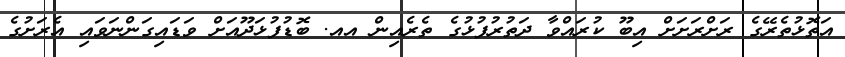
އަތޮޅުތެރޭގެ ރަށްރަށަށް އިބޫ ކުރައްވާ ދަތުރުފުޅުގެ ތެރެއިން އއ. ބޮޑުފުޅަދޫއަށް ވަޑައިގަންނަވައި އެރަށުގެ